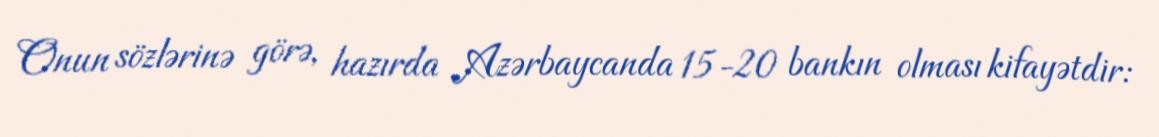
Onun sözlərinə görə, hazırda Azərbaycanda 15-20 bankın olması kifayətdir: